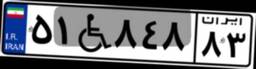
۸۹W۷۵۶۸۱